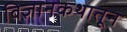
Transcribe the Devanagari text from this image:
विज्ञानकथातून